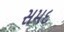
સમદ